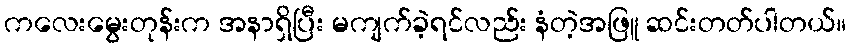
ကလေးမွေးတုန်းက အနာရှိပြီး မကျက်ခဲ့ရင်လည်း နံတဲ့အဖြူ ဆင်းတတ်ပါတယ်။